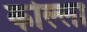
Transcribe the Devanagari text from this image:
कोल्ला